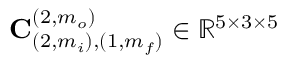
\mathbf { C } _ { ( 2 , m _ { i } ) , ( 1 , m _ { f } ) } ^ { ( 2 , m _ { o } ) } \in \mathbb { R } ^ { 5 \times 3 \times 5 }